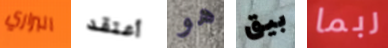
البراري أعتقد هو بيق ربما